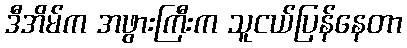
ဒီအိမ်က အဖွားကြီးက သူငယ်ပြန်နေတာ